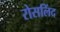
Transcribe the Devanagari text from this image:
रोसलिंद